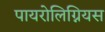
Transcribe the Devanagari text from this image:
पायरोलिग्नियस